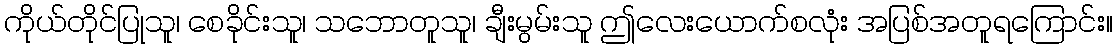
ကိုယ်တိုင်ပြုသူ၊ စေခိုင်းသူ၊ သဘောတူသူ၊ ချီးမွမ်းသူ ဤလေးယောက်စလုံး အပြစ်အတူရကြောင်း။